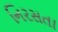
નિરસતા